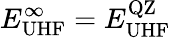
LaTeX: E_{\mathrm{UHF}}^{\infty}=E_{\mathrm{UHF}}^{\mathrm{QZ}}